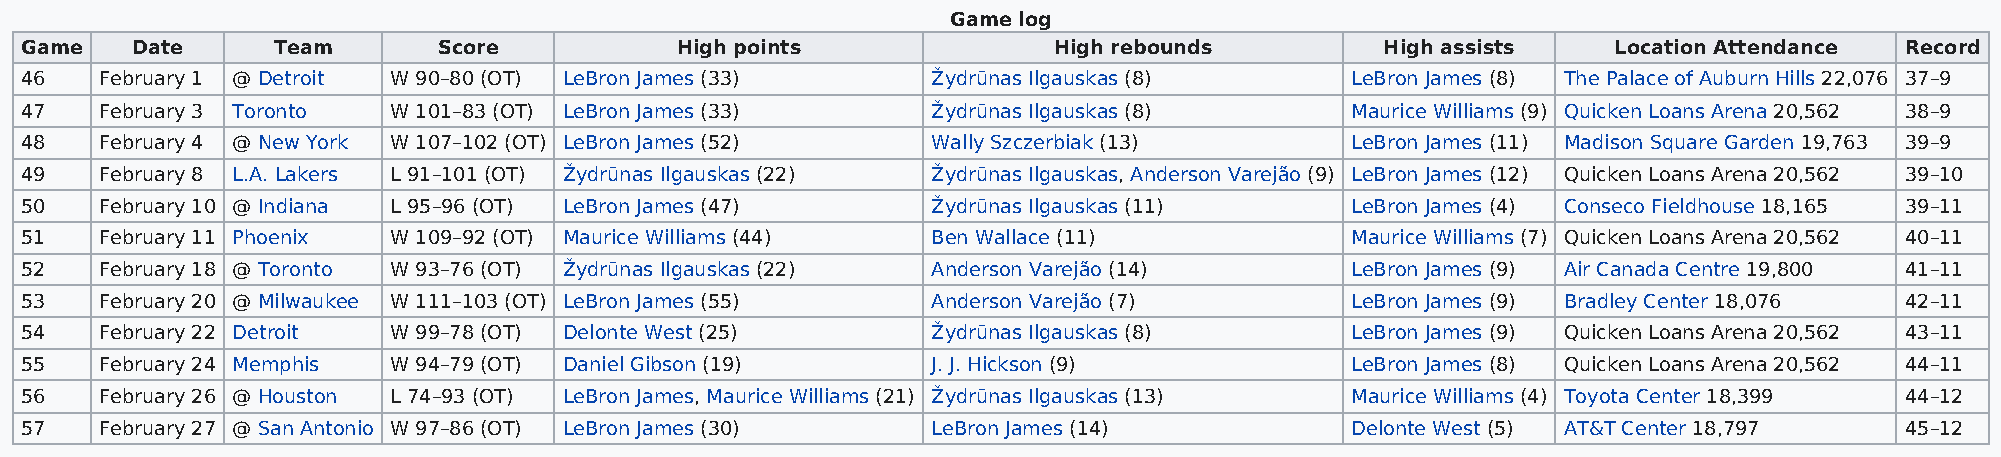
Game log
 Game    Date     Team       Score           High points              High rebounds         High assists   Location Attendance Record
 46    February 1 @ Detroit W 90–80 (OT) LeBron James (33)    Žydrūnas Ilgauskas (8)     LeBron James (8) The Palace of Auburn Hills 22,076 37–9
 47    February 3 Toronto W 101–83 (OT) LeBron James (33)     Žydrūnas Ilgauskas (8)     Maurice Williams (9) Quicken Loans Arena 20,562 38–9
 48    February 4 @ New York W 107–102 (OT) LeBron James (52) Wally Szczerbiak (13)      LeBron James (11) Madison Square Garden 19,763 39–9
 49    February 8 L.A. Lakers L 91–101 (OT) Žydrūnas Ilgauskas (22) Žydrūnas Ilgauskas, Anderson Varejão (9) LeBron James (12) Quicken Loans Arena 20,562 39–10
 50    February 10 @ Indiana L 95–96 (OT) LeBron James (47)   Žydrūnas Ilgauskas (11)    LeBron James (4) Conseco Fieldhouse 18,165 39–11
 51    February 11 Phoenix W 109–92 (OT) Maurice Williams (44) Ben Wallace (11)          Maurice Williams (7) Quicken Loans Arena 20,562 40–11
 52    February 18 @ Toronto W 93–76 (OT) Žydrūnas Ilgauskas (22) Anderson Varejão (14)  LeBron James (9) Air Canada Centre 19,800 41–11
 53    February 20 @ Milwaukee W 111–103 (OT) LeBron James (55) Anderson Varejão (7)     LeBron James (9) Bradley Center 18,076 42–11
 54    February 22 Detroit W 99–78 (OT) Delonte West (25)     Žydrūnas Ilgauskas (8)     LeBron James (9) Quicken Loans Arena 20,562 43–11
 55    February 24 Memphis W 94–79 (OT) Daniel Gibson (19)    J. J. Hickson (9)          LeBron James (8) Quicken Loans Arena 20,562 44–11
 56    February 26 @ Houston L 74–93 (OT) LeBron James, Maurice Williams (21) Žydrūnas Ilgauskas (13) Maurice Williams (4) Toyota Center 18,399 44–12
 57    February 27 @ San Antonio W 97–86 (OT) LeBron James (30) LeBron James (14)        Delonte West (5) AT&T Center 18,797  45–12